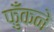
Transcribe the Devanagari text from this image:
फुँकने